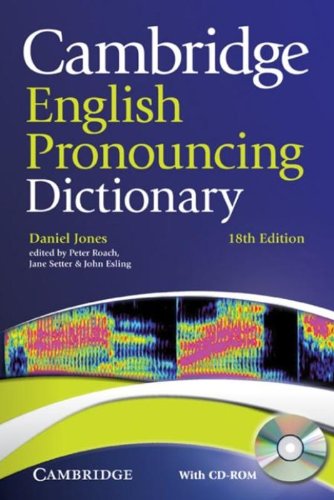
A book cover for Cambridge English Pronouncing Dictionary with CD-ROM; Daniel Jones; Reference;